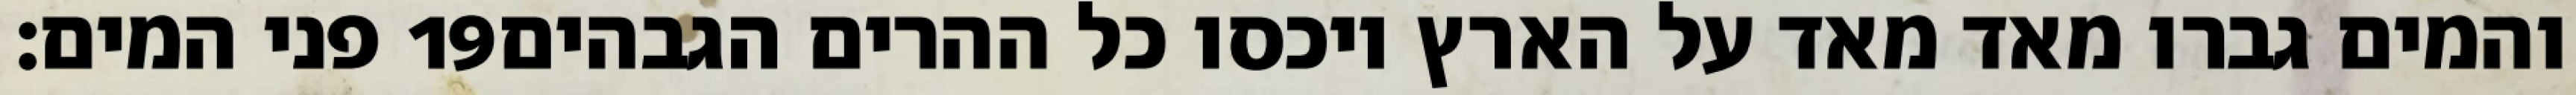
פני המים׃ ‎19‏ והמים גברו מאד מאד על הארץ ויכסו כל ההרים הגבהים